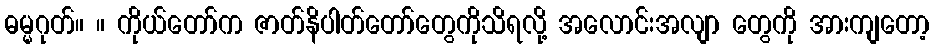
ဓမ္မဂုတ်။ ။ ကိုယ်တော်က ဇာတ်နိပါတ်တော်တွေကိုသိရလို့ အလောင်းအလျာ တွေကို အားကျတော့